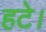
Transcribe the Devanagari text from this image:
हटे।